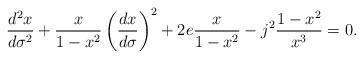
LaTeX: \begin{align*}\frac{d^2x}{d\sigma^2}+\frac{x}{1-x^2}\left(\frac{dx}{d\sigma}\right)^2+2e\frac{x}{1-x^2}-j^2\frac{1-x^2}{x^3}=0.\end{align*}